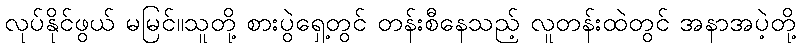
လုပ်နိုင်ဖွယ် မမြင်။သူတို့ စားပွဲရှေ့တွင် တန်းစီနေသည့် လူတန်းထဲတွင် အနာအပဲ့တို့